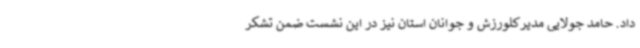
داد. حامد جولایی مدیرکلورزش و جوانان استان نیز در این نشست ضمن تشکر